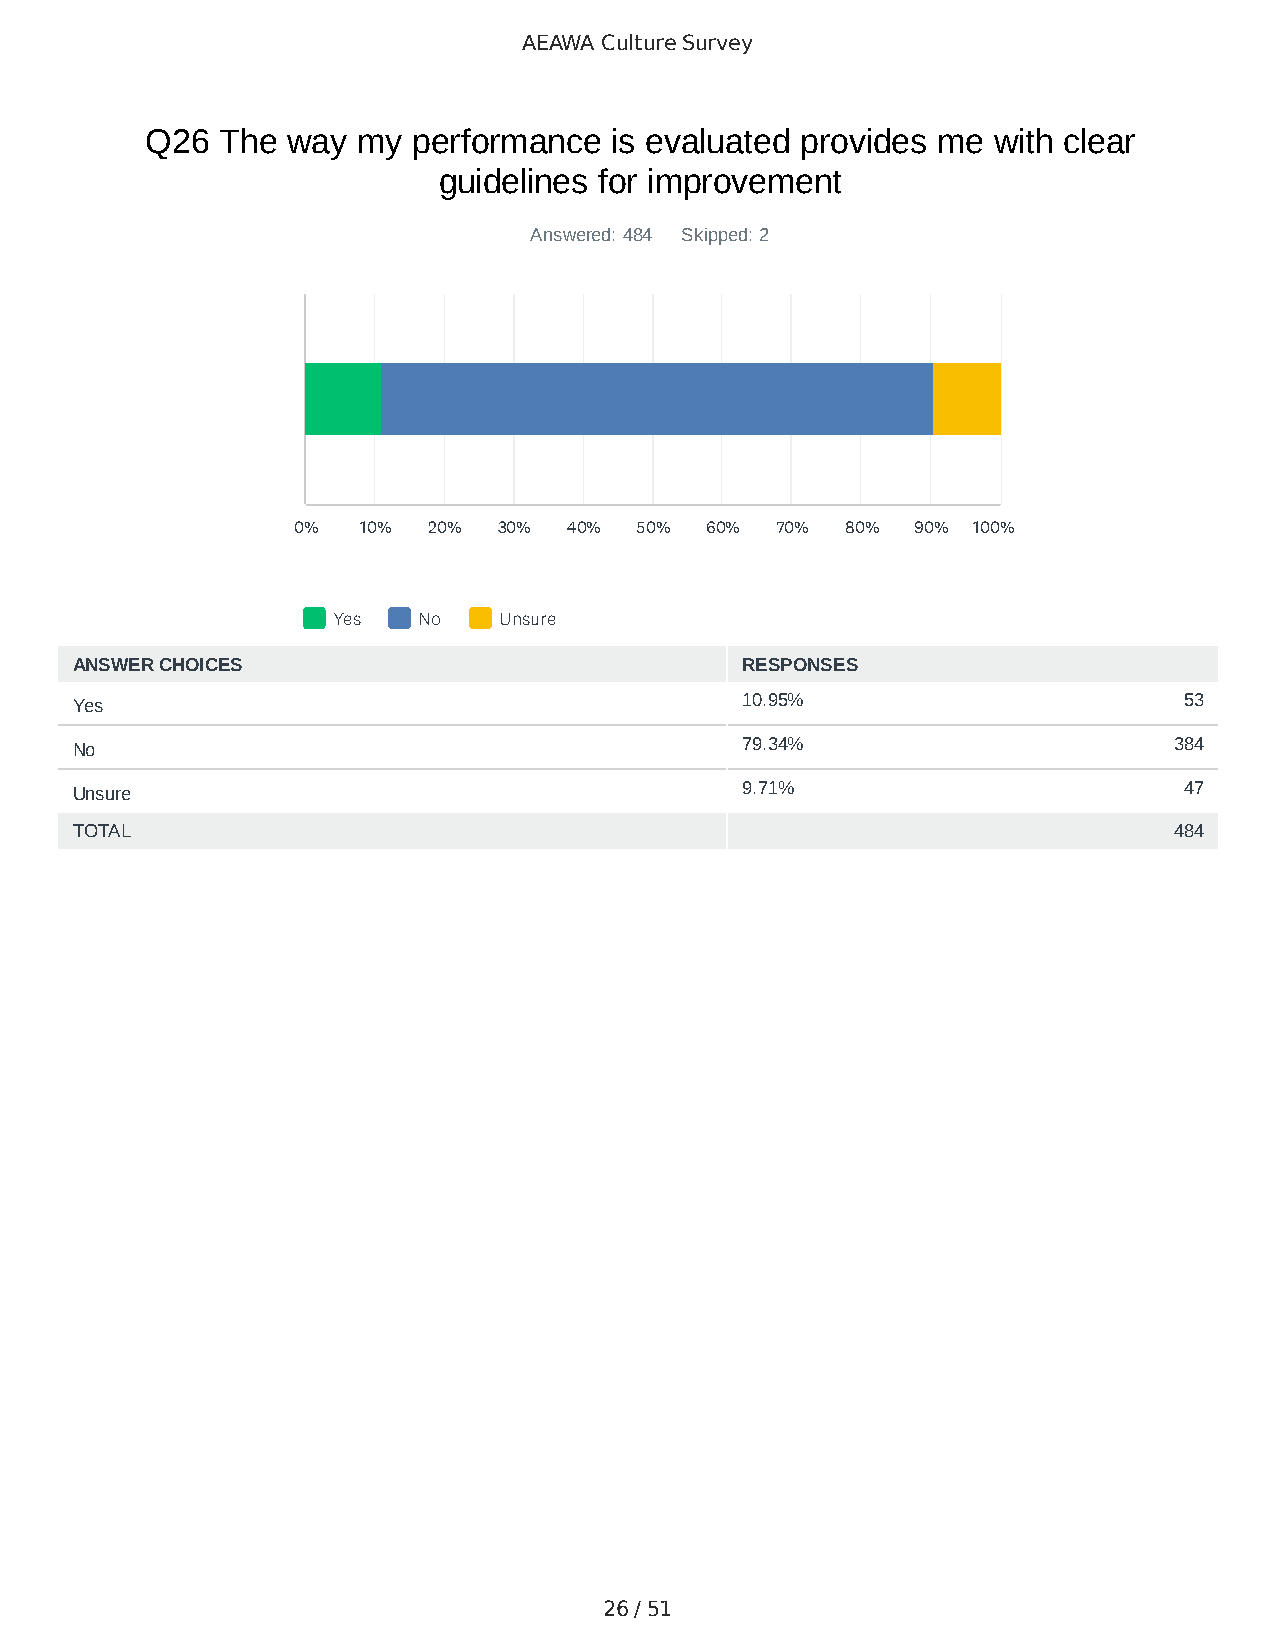
AEAWA Culture Survey
 Q26 The  way  my performance  is evaluated provides me  with clear
 guidelines for improvement
 Answered: 484 Skipped: 2
 0%   10% 20%  30%  40% 50%  60% 70%  80%  90% 100%
 Yes   No   Unsure
 ANSWER CHOICES                              RESPONSES
 Yes                                         10.95%                       53
 No                                          79.34%                       384
 Unsure                                      9.71%                        47
 TOTAL                                                                    484
 26 / 51